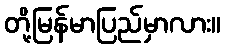
တို့မြန်မာပြည်မှာလား။